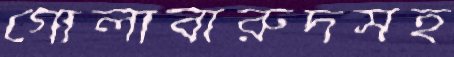
গোলাবারুদসহ